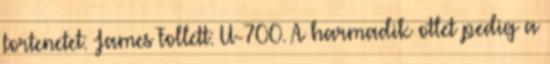
tortenetet: James Follett: U-700. A harmadik otlet pedig a